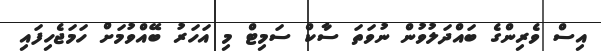
އިސް ވެރިންގެ ބައްދަލުވުން ނުވަތަ ސާކް ސަމިޓް މި އަހަރު ބޭއްވުމަށް ހަމަޖެހިފައި